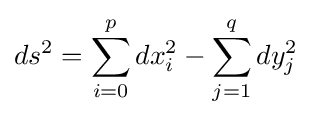
ds^{2}=\sum _{i=0}^{p}dx_{i}^{2}-\sum _{j=1}^{q}dy_{j}^{2}